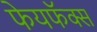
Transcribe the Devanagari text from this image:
फेयफॅक्स